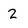
Character: 2